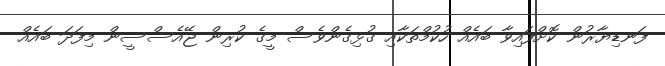
ފަނޑިޔާރުން ކޮށްފައިވާ ބައެއް ހުކުމްތަކާއި ގުޅިގެންވެސް މީގެ ކުރިން ޖޭއެސްސީން މިފަދަ ބައެއް